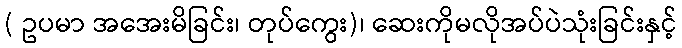
( ဥပမာ အအေးမိခြင်း၊ တုပ်ကွေး)၊ ဆေးကိုမလိုအပ်ပဲသုံးခြင်းနှင့်